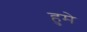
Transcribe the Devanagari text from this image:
हुमे